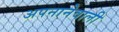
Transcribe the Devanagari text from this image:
अपनानेवाली